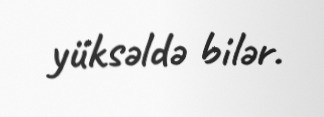
yüksəldə bilər.